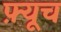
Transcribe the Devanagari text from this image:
फ़्यूच